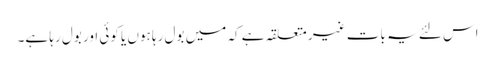
اس لئے یہ بات غیر متعلقہ ہے کہ میں بول رہا ہوں یا کوئی اور بول رہا ہے۔